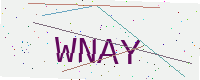
Text: WNAY